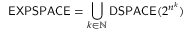
{ \mathsf { E X P S P A C E } } = \bigcup _ { k \in \mathbb { N } } { \mathsf { D S P A C E } } ( 2 ^ { n ^ { k } } )